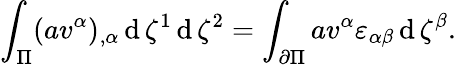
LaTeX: \int_{\Pi}(av^{\alpha})_{,\alpha}\operatorname{d}\zeta^{1}\operatorname{d}\zeta^{2}=\int_{\partial\Pi}av^{\alpha}\varepsilon_{\alpha\beta}\operatorname{d}\zeta^{\beta}.